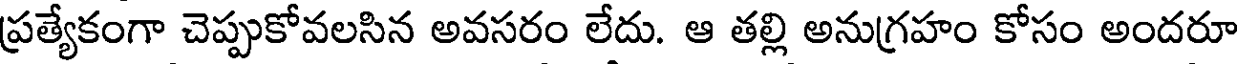
ప్రత్యేకంగా చెప్పుకోవలసిన అవసరం లేదు. ఆ తల్లి అనుగ్రహం కోసం అందరూ